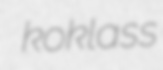
koklass